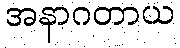
အနာဂတာယ